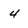
Character: 4